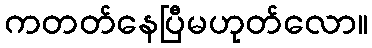
ကတတ်နေပြီမဟုတ်လော။